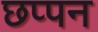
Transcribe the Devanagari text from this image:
छप्‍पन